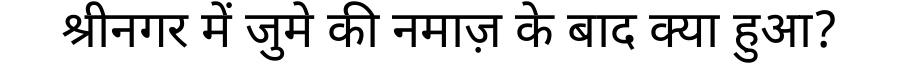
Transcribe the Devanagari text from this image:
श्रीनगर में जुमे की नमाज़ के बाद क्या हुआ?